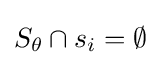
S_{\theta }\cap s_{i}=\emptyset